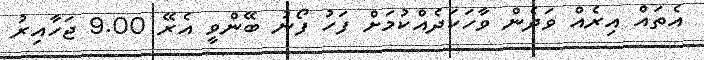
އެތައް އިރެއް ވަދެން ވާހަކަދެއްކުމަށް ފަހު ފޯނު ބޭންވީ އެރޭ 9.00 ޖަހާއިރު